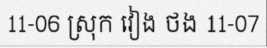
11-06 ស្រុក វៀង ថង 11-07